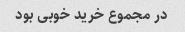
در مجموع خرید خوبی بود